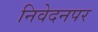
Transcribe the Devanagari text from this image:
निवेदनपर